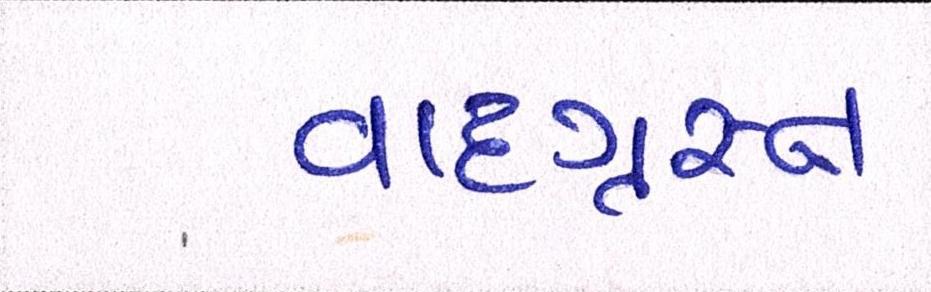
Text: વાદગ્રસ્ત